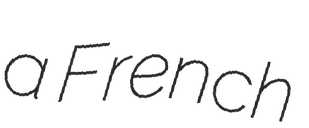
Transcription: a French